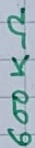
Text: 600KΩ